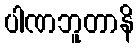
ပါဏဘူတာနိ